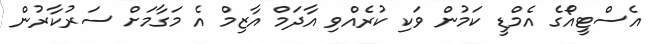
އެސްޓީއޯގެ އެމްޑީ ކަމުން ވަކި ކުރެއްވި އާދަމް އާޒިމް އެ މަގާމަށް ސަރުކާރުން